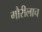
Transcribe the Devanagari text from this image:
गौरीलाच